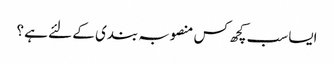
ایسا سب کچھ کس منصوبہ بندی کے لئے ہے ؟